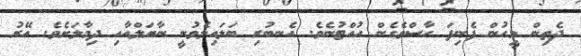
ދެތިން މީހުން ފެނިފަ ހާސްވެގެން ހުއްޓުނެވެ. އެނބުރި ބަލައިލެވުނީ ނާޔަލްއާއި ދިމާލަށެވެ. އޭރު